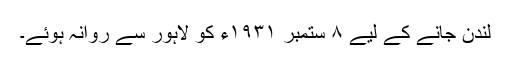
لندن جانے کے لیے ٨ ستمبر ١٩٣١ء کو لاہور سے روانہ ہوئے۔